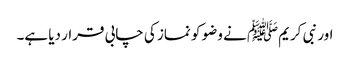
اور نبی کریمﷺ نے وضو کو نماز کی چابی قرار دیا ہے۔